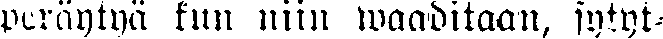
peräytyä kun niin waaditaan, sytyt-